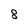
Character: 8